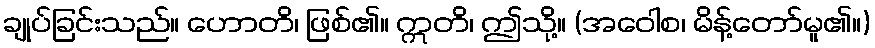
ချုပ်ခြင်းသည်။ ဟောတိ၊ ဖြစ်၏။ ဣတိ၊ ဤသို့။ (အဝေါစ၊ မိန့်တော်မူ၏။)